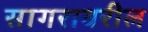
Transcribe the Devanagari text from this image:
सागरावरील